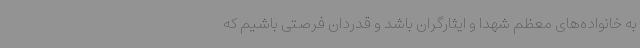
به خانواده‌های معظم شهدا و ایثارگران باشد و قدردان فرصتی باشیم که